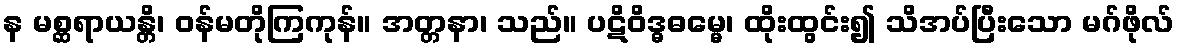
န မစ္ဆရာယန္တိ၊ ဝန်မတိုကြကုန်။ အတ္တနာ၊ သည်။ ပဋိဝိဒ္ဓဓမ္မေ၊ ထိုးထွင်း၍ သိအပ်ပြီးသော မဂ်ဖိုလ်